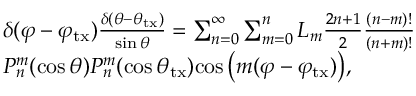
\begin{array} { r l } & { { \delta ( \varphi - { \varphi _ { \mathrm { t x } } } ) } \frac { { \delta ( \theta - { \theta _ { \mathrm { t x } } } ) } } { { \sin \theta } } = \sum _ { n = 0 } ^ { \infty } \sum _ { m = 0 } ^ { n } L _ { m } \frac { { 2 n + 1 } } { 2 } \frac { { ( n - m ) ! } } { { ( n + m ) ! } } } \\ & { { P _ { n } ^ { m } ( \cos \theta ) P _ { n } ^ { m } ( \cos { \theta _ { \mathrm { t x } } } ) } { \cos \big ( m ( \varphi - \varphi _ { \mathrm { t x } } ) \big ) } , } \end{array}